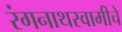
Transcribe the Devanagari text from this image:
रंगनाथस्वामीचे